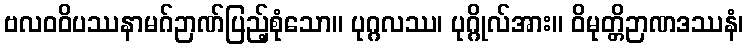
ဗလဝဝိပဿနာမဂ်ဉာဏ်ပြည့်စုံသော။ ပုဂ္ဂလဿ၊ ပုဂ္ဂိုလ်အား။ ဝိမုတ္တိဉာဏဒဿနံ၊